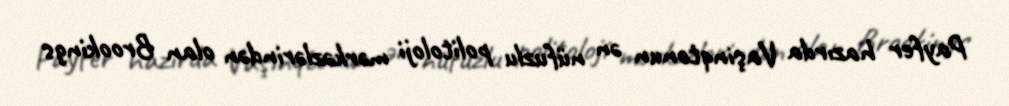
Payfer hazırda Vaşinqtonun ən nüfuzlu politoloji mərkəzlərindən olan Brookings